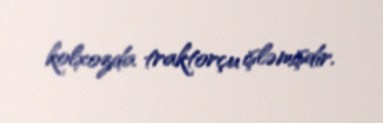
kolxozda traktorçu işləmişdir.